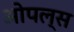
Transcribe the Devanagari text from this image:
ओपल्स